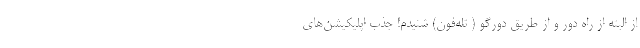
از البته از راه دور و از طریق دورگو ( تله‌فون) شنیدم! جذب اپلیکیشن‌های